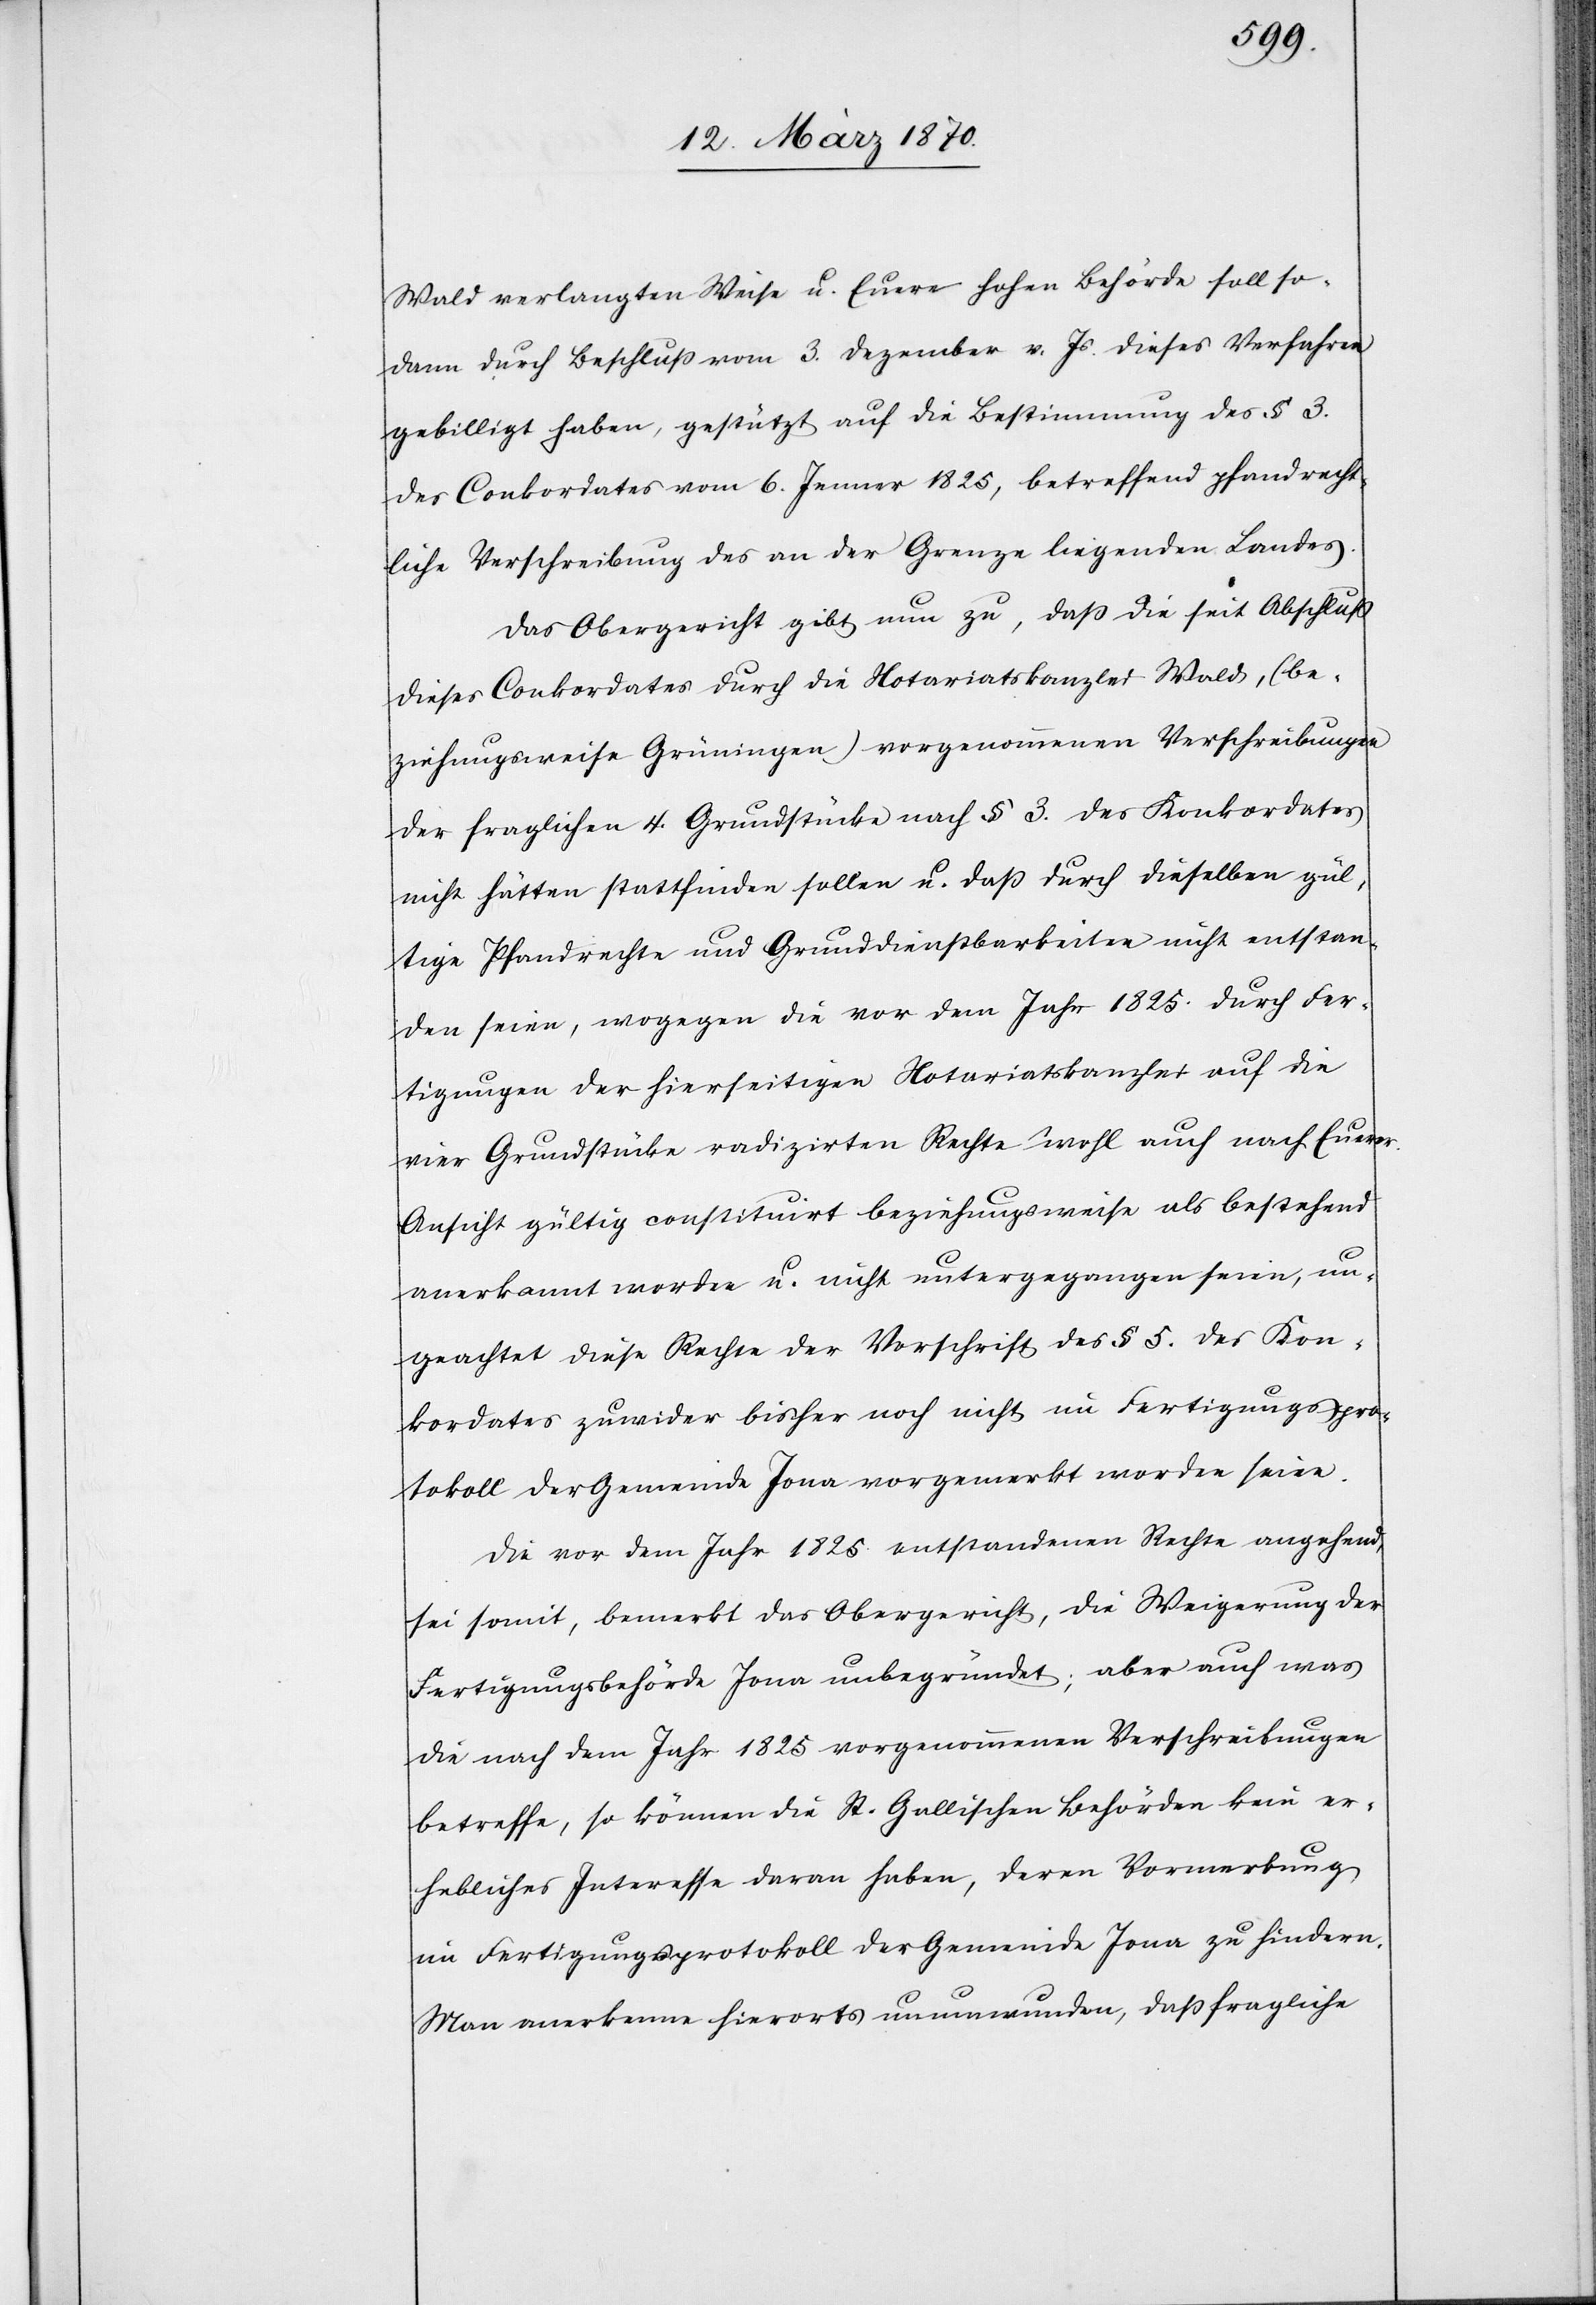
Wald verlangten Weise u. Euere hohen [sic!] Behörde soll so¬
dann durch Beschluß vom 3. Dezember v. Js dieses Verfahren
gebilligt haben, gestützt auf die Bestimmung des § 3.
des Conkordates vom 6. Jenner 1825, betreffend pfandrecht¬
liche Verschreibung des an der Grenze liegenden Landes.
Das Obergericht gibt nun zu, daß die seit Abschluß
dieses Conkordates durch die Notariatskanzlei Wald, (be¬
ziehungsweise Grüningen) vorgenommenen Verschreibungen
der fraglichen 4. Grundstücke nach § 3. des Konkordates
nicht hätten stattfinden sollen u. daß durch dieselben gül¬
tige Pfandrechte und Grunddienstbarkeiten nicht entstan¬
den seien, wogegen die vor dem Jahr 1825. durch Fer¬
tigungen der hierseitigen Notariatskanzlei auf die
vier Grundstücke radizirten Rechte wohl auch nach Euerer
Ansicht gültig constituirt beziehungsweise als bestehend
anerkannt worden u. nicht untergegangen seien, un¬
geachtet diese Rechte der Vorschrift des § 5. des Kon¬
kordates zuwider bisher noch nicht im Fertigungspro¬
tokoll der Gemeinde Jona vorgemerkt worden seien.
Die vor dem Jahr 1825. entstandenen Rechte angehend,
sei somit, bemerkt das Obergericht, die Weigerung der
Fertigungsbehörde Jona unbegründet; aber auch was
die nach dem Jahr 1825 vorgenommenen Verschreibungen
betreffe, so können die St. Gallischen Behörden kein er¬
hebliches Interesse daran haben, deren Vormerkung
im Fertigungsprotokoll der Gemeinde Jona zu hindern.
Man anerkenne hierorts unumwunden, daß fragliche